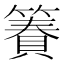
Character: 𫂢